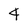
Character: 4